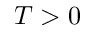
T > 0